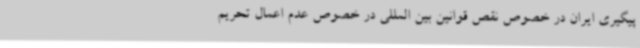
پیگیری ایران در خصوص نقص قوانین بین المللی در خصوص عدم اعمال تحریم